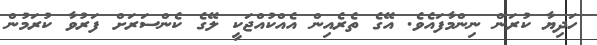
ހަދިޔާ ކުރަން ނިންމާފައެވެ. އޭގެ ތެރެއިން އެއްކުއްޖަކީ ލޭގެ ކެންސަރަށް ފަރުވާ ކުރަމުން